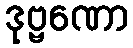
ဒုဗ္ဗဏော